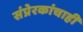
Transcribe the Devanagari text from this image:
संप्रेरकांचाही